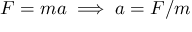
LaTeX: F = m a \implies a = F / m